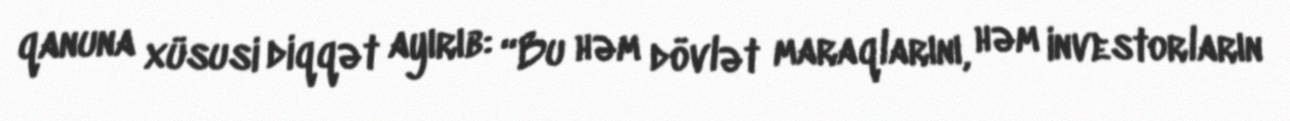
qanuna xüsusi diqqət ayırıb: “Bu həm dövlət maraqlarını, həm investorların